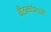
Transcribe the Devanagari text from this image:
बैठकांमध्ये